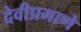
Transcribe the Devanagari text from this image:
देवीप्रमाणे